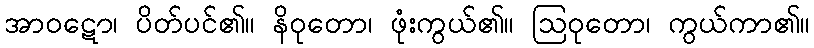
အာဝဋော၊ ပိတ်ပင်၏။ နိဝုတော၊ ဖုံးကွယ်၏။ ဩဝုတော၊ ကွယ်ကာ၏။